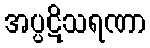
အပ္ပဋိသရဏာ